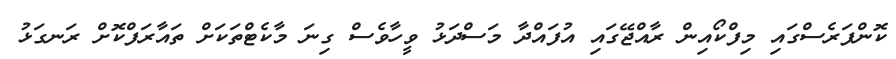
ކޮންފަރެސްގައި މިފްކޯއިން ރާއްޖޭގައި އުފައްދާ މަސްދަޅު ވީހާވެސް ގިނަ މާކެޓްތަކަށް ތައާރަފްކޮށް ރަނގަޅު